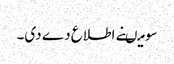
سو میںنے اطلاع دے دی۔